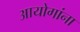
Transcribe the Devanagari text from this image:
आयोगांना